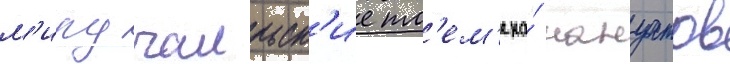
м'иру галльск'ие пл'ем'ена́ нануатов